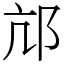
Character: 邟